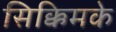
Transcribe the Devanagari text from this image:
सिक्किमके